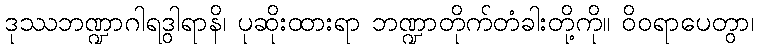
ဒုဿဘဏ္ဍာဂါရဒွါရာနိ၊ ပုဆိုးထားရာ ဘဏ္ဍာတိုက်တံခါးတို့ကို။ ဝိဝရာပေတွာ၊